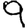
Digit: 9